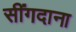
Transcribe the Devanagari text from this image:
सींगदाना